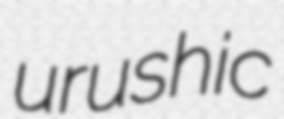
urushic